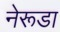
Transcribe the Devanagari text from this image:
नेरूडा